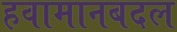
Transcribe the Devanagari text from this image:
हवामानबदल